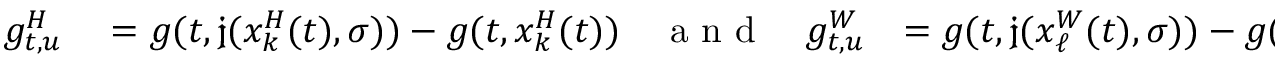
\begin{array} { r l r } { g _ { t , u } ^ { H } } & { { } = g ( t , \mathfrak { j } ( x _ { k } ^ { H } ( t ) , \sigma ) ) - g ( t , x _ { k } ^ { H } ( t ) ) \quad \mathrm { ~ a ~ n ~ d ~ } \quad g _ { t , u } ^ { W } } & { = g ( t , \mathfrak { j } ( x _ { \ell } ^ { W } ( t ) , \sigma ) ) - g ( t , x _ { \ell } ^ { W } ( t ) ) . } \end{array}